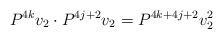
\begin{align*}P^{4k} v_2 \cdot P^{4j+2} v_2 = P^{4k+4j+2} v_2^2\end{align*}